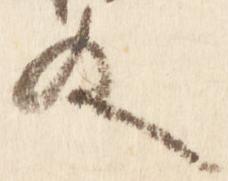
及